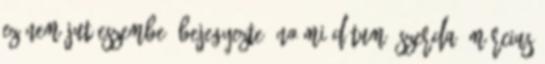
ez nem jut eszembe. Bejegyezte: Noémi dátum: szerda, március